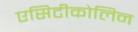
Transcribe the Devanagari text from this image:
एसिटीकोलिन